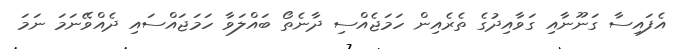
އެފައިސާ ގަނޫނާއި ގަވާއިދުގެ ތެރެއިން ހަމަޖެއްސި ދާނެތޯ ބައްލަވާ ހަމަޖައްސައި ދެއްވޭނަމަ ނަމަ